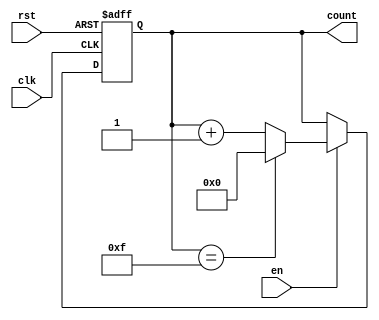
module binary_counter #(
    parameter WIDTH = 4,            // Bit width of the counter
    parameter MAX_COUNT = (1 << WIDTH) - 1 // Maximum count value (2^WIDTH - 1)
)(
    input wire clk,                 // Clock signal
    input wire rst,                 // Asynchronous reset
    input wire en,                  // Enable signal
    output reg [WIDTH-1:0] count    // Count output
);

// Asynchronous reset and counting logic
always @(posedge clk or posedge rst) begin
    if (rst) begin
        count <= 0;                 // Reset to minimum value (0)
    end else if (en) begin
        if (count == MAX_COUNT) begin
            count <= 0;             // Wrap around to minimum value
        end else begin
            count <= count + 1;     // Increment the counter
        end
    end
end

endmodule